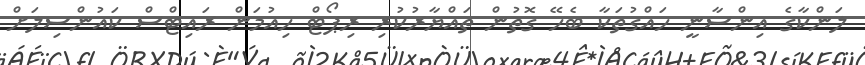
ލަންކާގެ އިންސާނީ ހައްގުތަކާ ބެހޭ ގޮތުން ތައްޔާރުކުރި ރިޕޯޓް ހިއުމަން ރައިޓްސް ކައުންސިލަށް